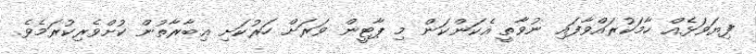
ފިޔަވަޅެއް ހާމަކުރައްވާފައި ނުވާތީ އެކަންކަން މި ޕާޓީން ވަރަށް ހަރުކަށި ޢިބާރާތުން ކުށްވެރިކުރަމެވެ.